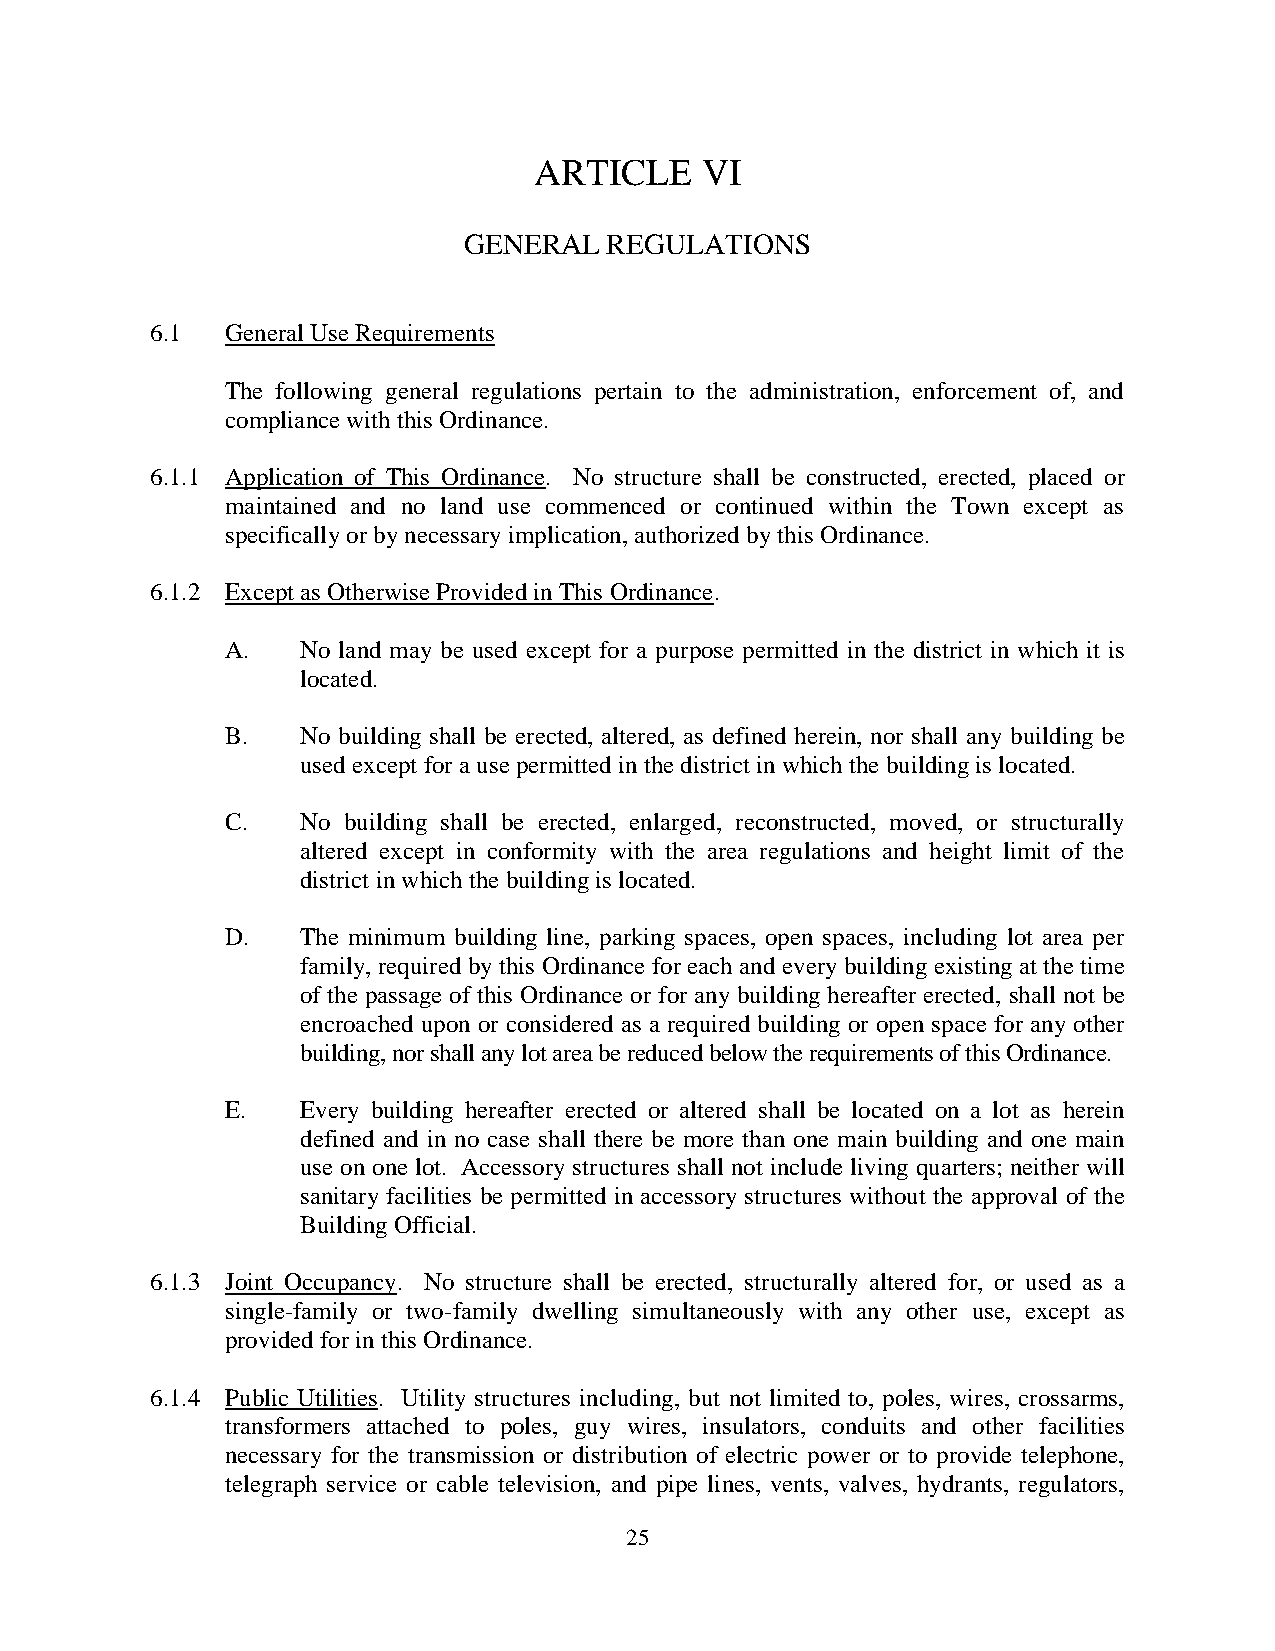
ARTICLE    VI
 GENERAL  REGULATIONS
 6.1  General Use Requirements
 The following general regulations pertain to the administration, enforcement of, and
 compliance with this Ordinance.
 6.1.1 Application of This Ordinance. No structure shall be constructed, erected, placed or
 maintained and no land use commenced or continued within the Town except as
 specifically or by necessary implication, authorized by this Ordinance.
 6.1.2 Except as Otherwise Provided in This Ordinance.
 A.   No land may be used except for a purpose permitted in the district in which it is
 located.
 B.   No building shall be erected, altered, as defined herein, nor shall any building be
 used except for a use permitted in the district in which the building is located.
 C.   No building shall be erected, enlarged, reconstructed, moved, or structurally
 altered except in conformity with the area regulations and height limit of the
 district in which the building is located.
 D.   The minimum building line, parking spaces, open spaces, including lot area per
 family, required by this Ordinance for each and every building existing at the time
 of the passage of this Ordinance or for any building hereafter erected, shall not be
 encroached upon or considered as a required building or open space for any other
 building, nor shall any lot area be reduced below the requirements of this Ordinance.
 E.   Every building hereafter erected or altered shall be located on a lot as herein
 defined and in no case shall there be more than one main building and one main
 use on one lot. Accessory structures shall not include living quarters; neither will
 sanitary facilities be permitted in accessory structures without the approval of the
 Building Official.
 6.1.3 Joint Occupancy. No structure shall be erected, structurally altered for, or used as a
 single-family or two-family dwelling simultaneously with any other use, except as
 provided for in this Ordinance.
 6.1.4 Public Utilities. Utility structures including, but not limited to, poles, wires, crossarms,
 transformers attached to poles, guy wires, insulators, conduits and other facilities
 necessary for the transmission or distribution of electric power or to provide telephone,
 telegraph service or cable television, and pipe lines, vents, valves, hydrants, regulators,
 25